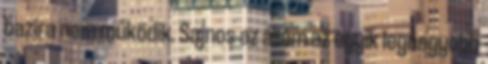
bazira nem működik. Sajnos az állam az egyik legnagyobb